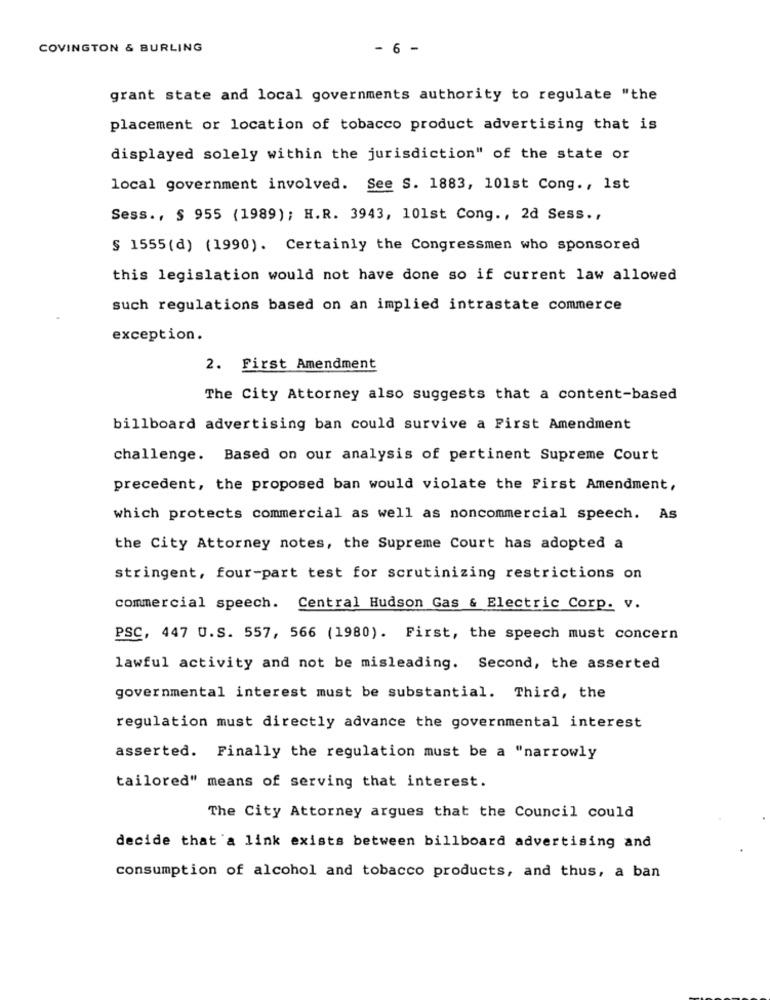
COVINGTON & BURLING
- 6 -
grant state and local governments authority to regulate "the
placement or location of tobacco product advertising that is
displayed solely within the jurisdiction" of the state or
local government involved. See S. 1883, 101st Cong ., 1st
Sess ., $ 955 (1989); H.R. 3943, 101st Cong ., 2d Sess .,
§ 1555 (d) (1990). Certainly the Congressmen who sponsored
this legislation would not have done so if current law allowed
such regulations based on an implied intrastate commerce
exception.
2. First Amendment
The City Attorney also suggests that a content-based
billboard advertising ban could survive a First Amendment
challenge. Based on our analysis of pertinent Supreme Court
precedent, the proposed ban would violate the First Amendment,
which protects commercial as well as noncommercial speech. As
the City Attorney notes, the Supreme Court has adopted a
stringent, four-part test for scrutinizing restrictions on
commercial speech. Central Hudson Gas & Electric Corp. v.
PSC, 447 U.S. 557, 566 (1980). First, the speech must concern
lawful activity and not be misleading. Second, the asserted
governmental interest must be substantial. Third, the
regulation must directly advance the governmental interest
asserted. Finally the regulation must be a "narrowly
tailored" means of serving that interest.
The City Attorney argues that the Council could
decide that a link exists between billboard advertising and
consumption of alcohol and tobacco products, and thus, a ban